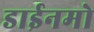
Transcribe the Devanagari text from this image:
डाईनमो